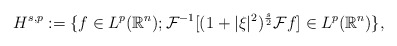
\begin{align*} H^{s,p}:=\{f\in L^{p}(\mathbb{R}^{n}); \mathcal{F}^{-1}[(1+\vert \xi \vert^{2})^{\frac{s}{2}}\mathcal{F}f]\in L^{p}(\mathbb{R}^{n}) \}, \end{align*}